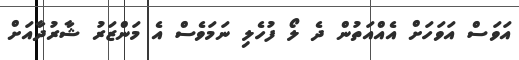
އަވަސް އަވަހަށް އެއްއަތުން ދެ ލޯ ފުހެލި ނަމަވެސް އެ މަންޒަރު ޝާރުދާއަށް